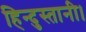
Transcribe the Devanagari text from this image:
हिन्दुस्तानी।